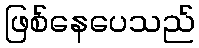
ဖြစ်နေပေသည်